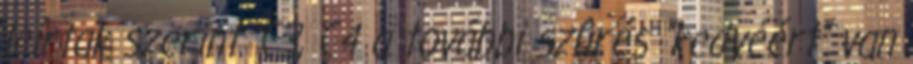
leírtak szerint. C3, C4 a további szûrés "kedvéért" van